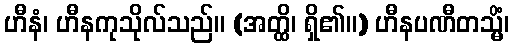
ဟီနံ၊ ဟီနကုသိုလ်သည်။ (အတ္ထိ၊ ရှိ၏။) ဟီနပဏီတသ္မိံ၊